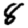
Digit: 8